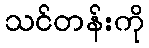
သင်တန်းကို